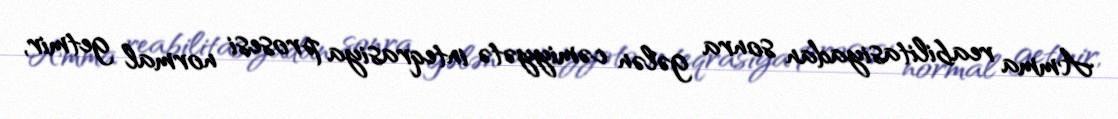
Amma reabilitasiyadan sonra gələn cəmiyyətə inteqrasiya prosesi normal getmir,